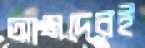
আমদেরই